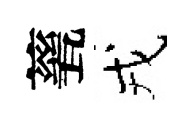
甆戎